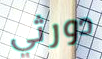
دورثي